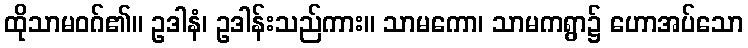
ထိုသာမဝဂ်၏။ ဥဒါနံ၊ ဥဒါန်းသည်ကား။ သာမကော၊ သာမကရွာ၌ ဟောအပ်သော